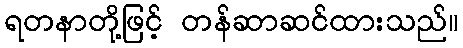
ရတနာတို့ဖြင့် တန်ဆာဆင်ထားသည်။